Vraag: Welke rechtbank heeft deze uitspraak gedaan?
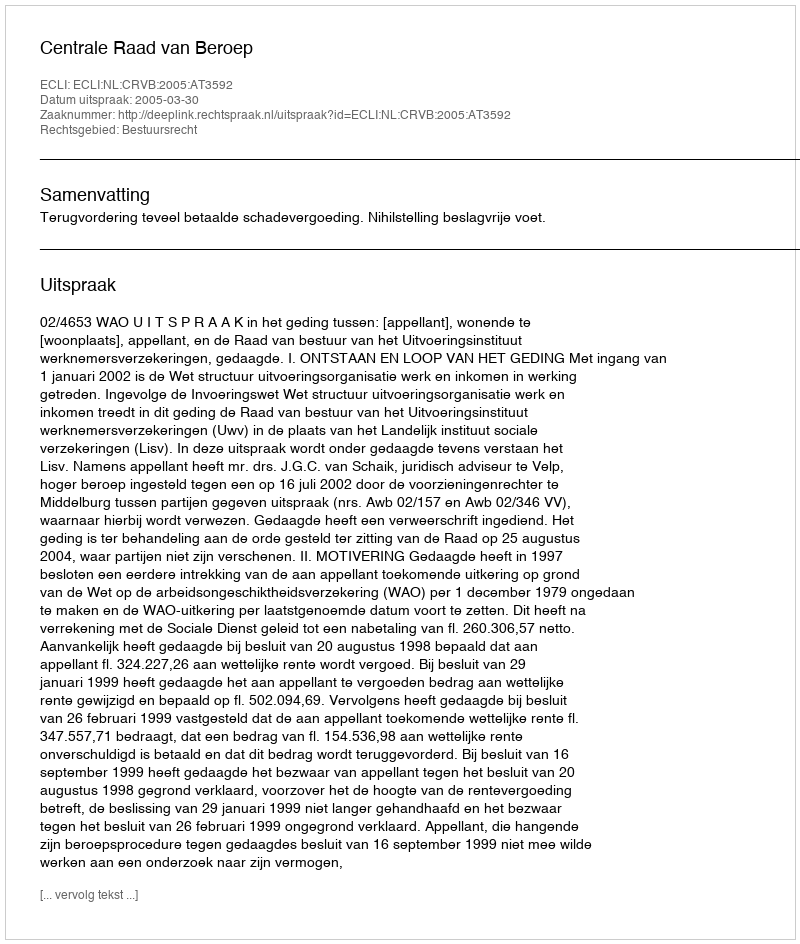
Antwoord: Centrale Raad van Beroep